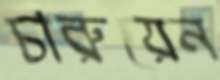
চারুয়েন